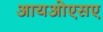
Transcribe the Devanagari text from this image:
आयओएसए